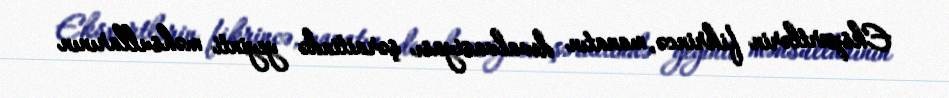
Ekspertlərin fikrincə, manatın devalvasiyası şəraitində yeyinti məhsullarının